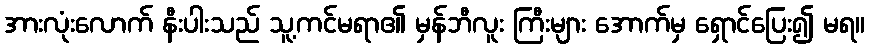
အားလုံးလောက် နီးပါးသည် သူ့ကင်မရာ၏ မှန်ဘီလူး ကြီးများ အောက်မှ ရှောင်ပြေး၍ မရ။